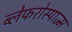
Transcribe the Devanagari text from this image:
ब्लेफरोस्पाज्म